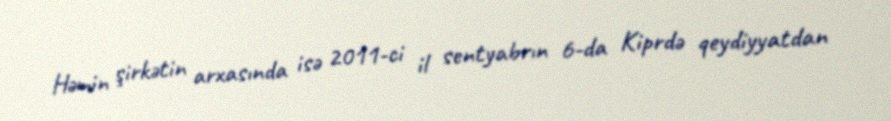
Həmin şirkətin arxasında isə 2011-ci il sentyabrın 6-da Kiprdə qeydiyyatdan